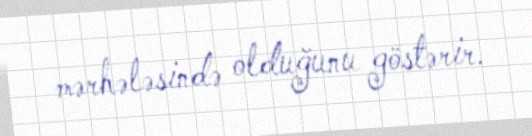
mərhələsində olduğunu göstərir.